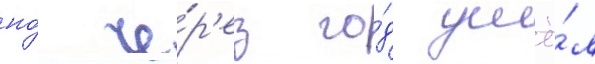
но́ че́р'ез го́д ушё́л